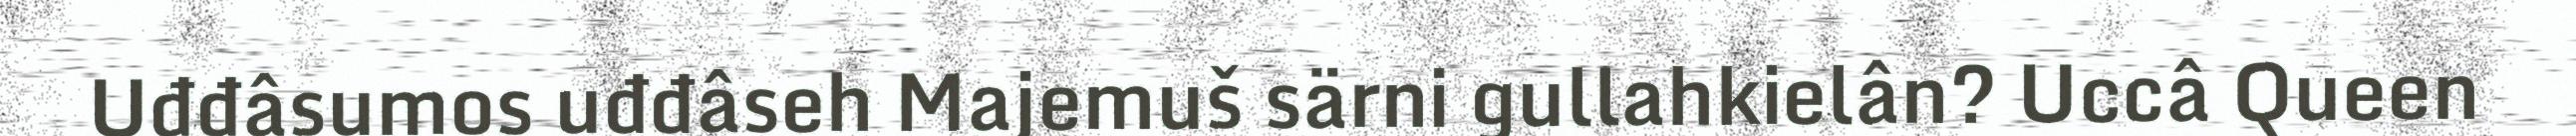
Uđđâsumos uđđâseh Majemuš särni gullahkielân? Uccâ Queen